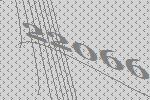
22066